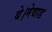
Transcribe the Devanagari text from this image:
थे।मेवाड